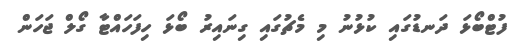
ފުޓްބޯޅަ ދަނޑުގައި ކުޅުނު މި މެޗުގައި ގިނައިރު ބޯޅަ ހިފަހައްޓާ ގޯލް ޖަހަން